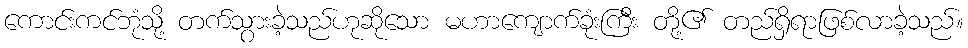
ကောင်းကင်ဘုံသို့ တက်သွားခဲ့သည်ဟုဆိုသော မဟာကျောက်ခုံးကြီး တို့၏ တည်ရှိရာဖြစ်လာခဲ့သည်။